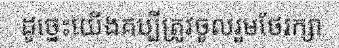
ដូច្នេះយើងគប្បីត្រូវចូលរួមថែរក្សា